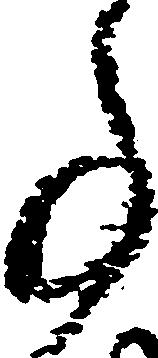
事